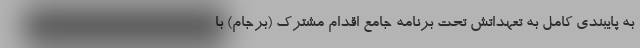
به پایبندی کامل به تعهداتش تحت برنامه جامع اقدام مشترک (برجام) با